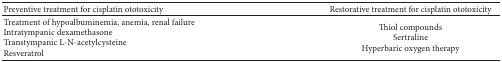
| Preventive treatment for cisplatin ototoxicity | Restorative treatment for cisplatin ototoxicity |
 | --- | --- |
 | Treatment of hypoalbuminemia, anemia, renal failureIntratympanic dexamethasoneTranstympanic L-N-acetylcysteineResveratrol | Thiol compoundsSertralineHyperbaric oxygen therapy |